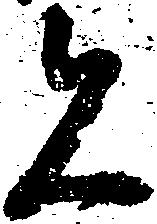
者